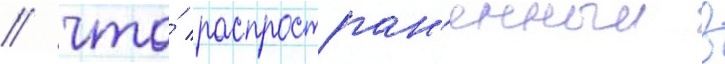
/ что́ распростран'енныи в